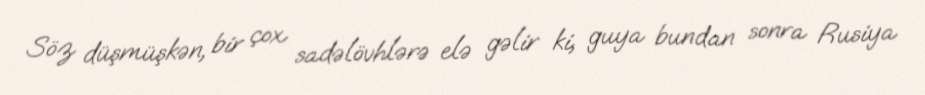
Söz düşmüşkən, bir çox sadəlövhlərə elə gəlir ki, guya bundan sonra Rusiya